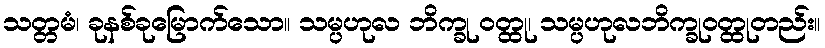
သတ္တမံ၊ ခုနစ်ခုမြောက်သော။ သမ္ပဟုလ ဘိက္ခု ဝတ္ထု၊ သမ္ပဟုလဘိက္ခုဝတ္ထုတည်း။